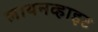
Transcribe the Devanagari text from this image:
लायनव्हाइट